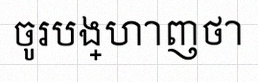
ចូរបង្ហាញថា